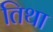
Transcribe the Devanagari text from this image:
तिथा